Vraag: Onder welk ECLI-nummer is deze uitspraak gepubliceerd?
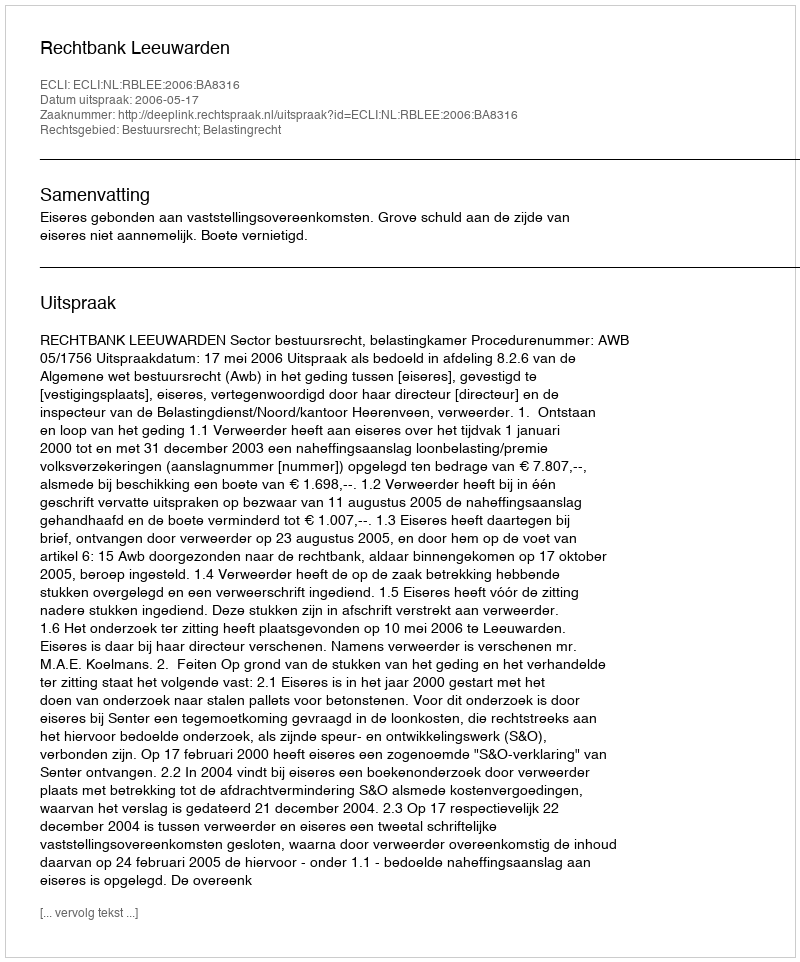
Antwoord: ECLI:NL:RBLEE:2006:BA8316